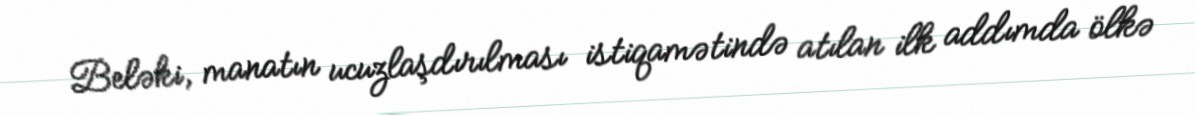
Beləki, manatın ucuzlaşdırılması istiqamətində atılan ilk addımda ölkə